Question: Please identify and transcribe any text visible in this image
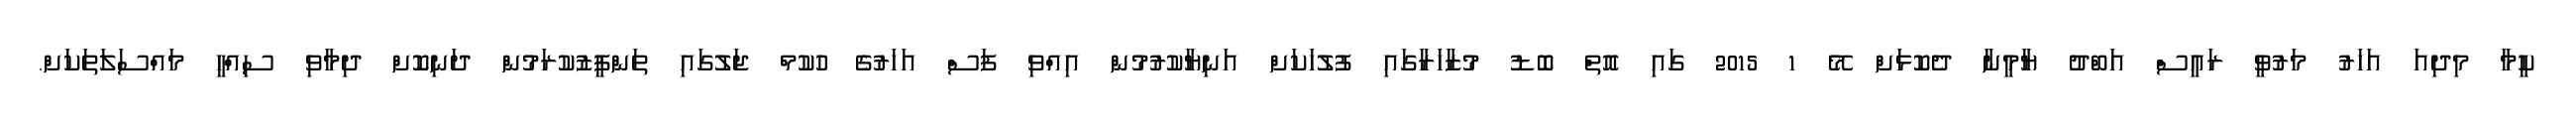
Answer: ކީމާ މިދިއަ އަހަރު މަރުވީ ރައީސް އަބްދު ޔާމީނާ ދެކޮޅަށް މޭ 1 2015 ގައި އޮތް ބޮޑު މުޒާހަރާގައި ފުލުހަކަށް އަނިޔާކުރުމުން އިއްވި ފަސް އަހަރުގެ ހުކުމް ޖަލުގައި ތަންފީޒުކުރަމުން ދަނިކޮށް ދިމާވި ސިއްހީ މައްސަލަތަކަށް.